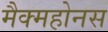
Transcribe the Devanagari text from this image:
मैक्महोनस